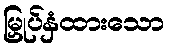
မြှုပ်နှံထားသော